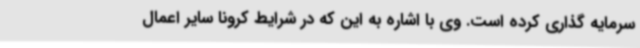
سرمایه گذاری کرده است. وی با اشاره به این که در شرایط کرونا سایر اعمال